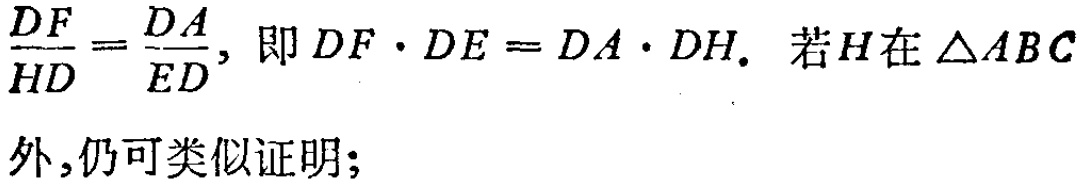
\(\frac{DF}{HD}=\frac{DA}{ED}\)，即 \(DF\cdot DE = DA\cdot DH\). 若\(H\)在\(\triangle ABC\)外,仍可类似证明;